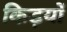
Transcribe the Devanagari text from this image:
किड़यों